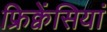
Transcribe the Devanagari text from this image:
फ्रिक्वेंसियां